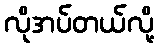
လိုအပ်တယ်လို့